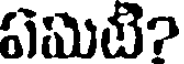
ఏమిటి?